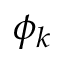
\phi _ { k }